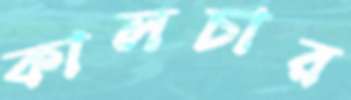
কালচার